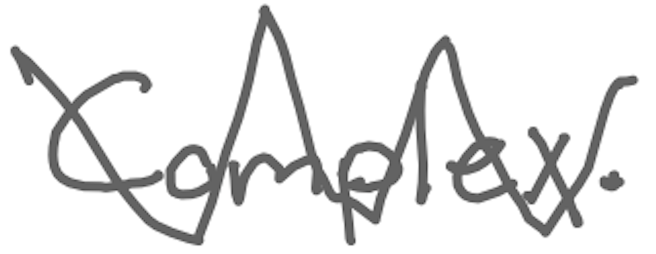
Text: Complex.
Cross-out: zig-zag
Writing tool: digital_gray